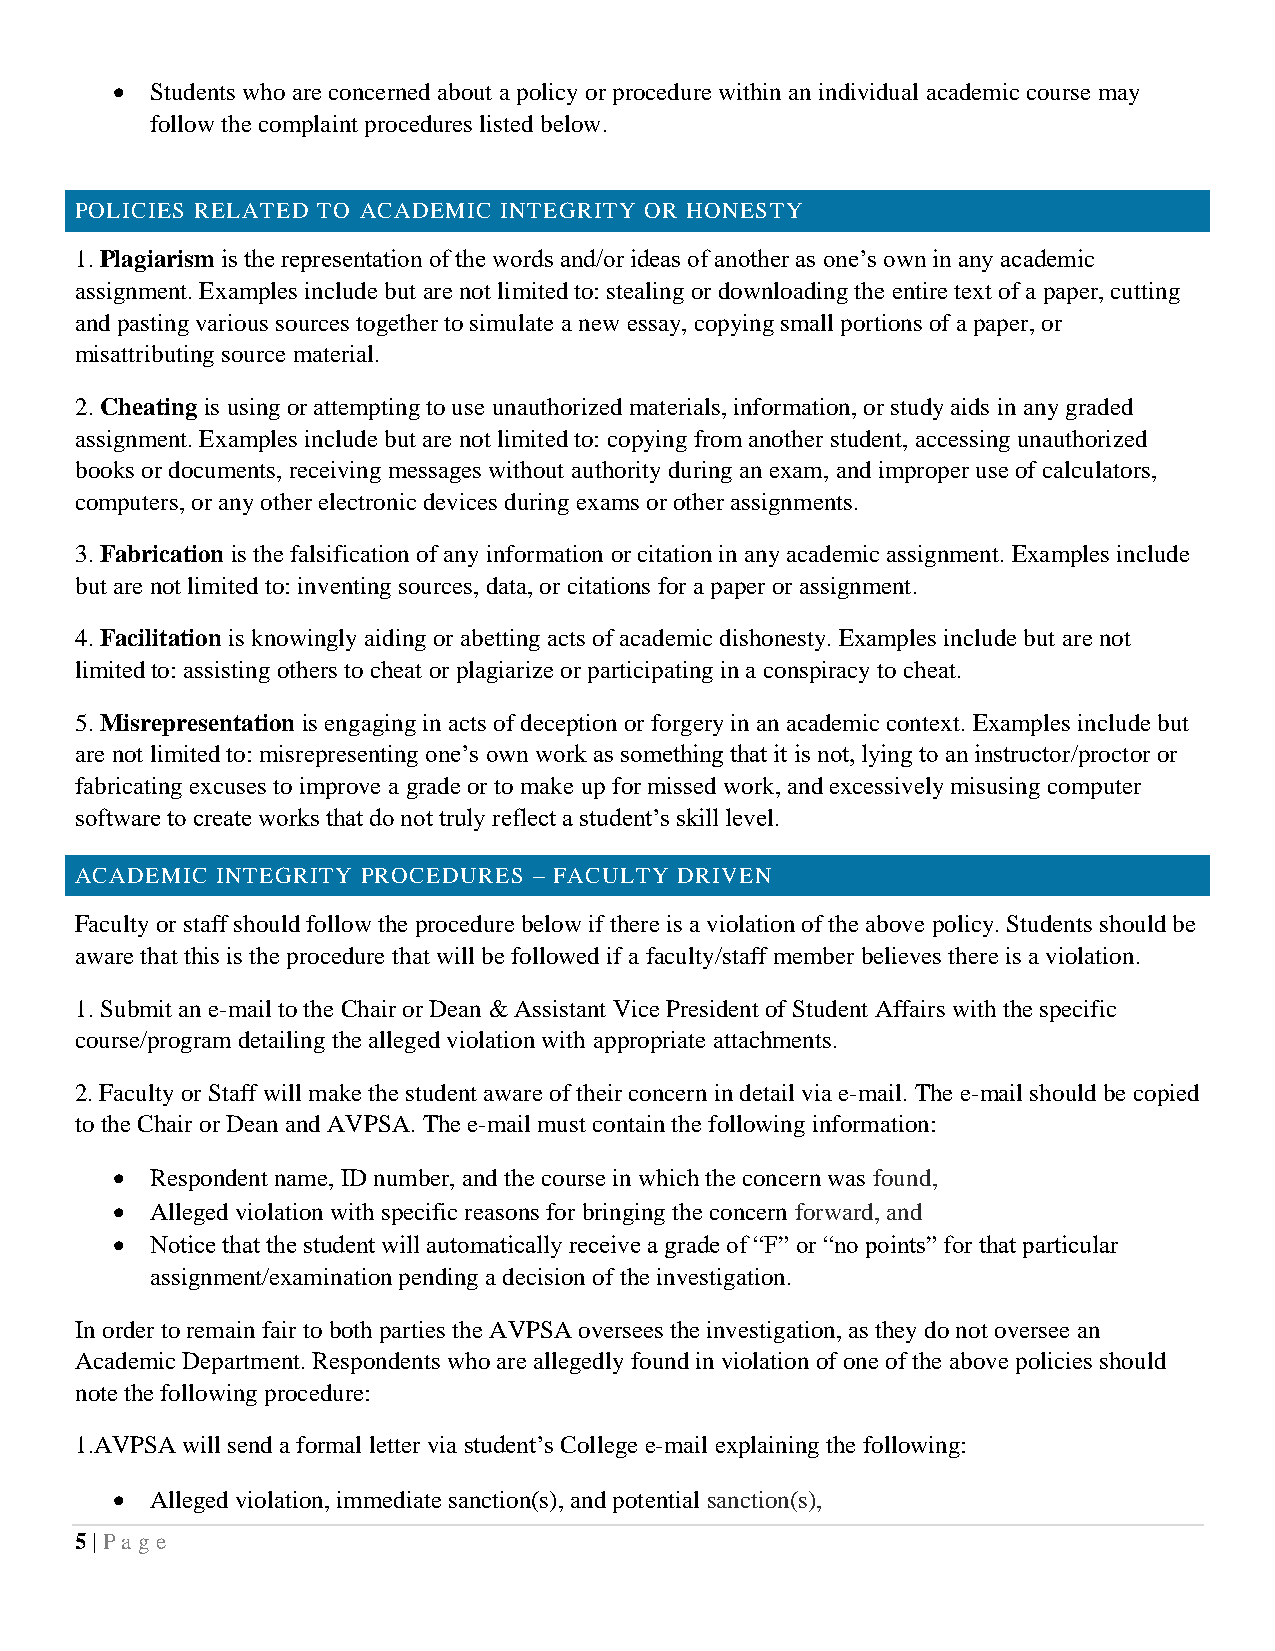
•  Students who are concerned about a policy or procedure within an individual academic course may
 follow the complaint procedures listed below.
 POLICIES RELATED TO ACADEMIC INTEGRITY OR HONESTY
 1. Plagiarism is the representation of the words and/or ideas of another as one’s own in any academic
 assignment. Examples include but are not limited to: stealing or downloading the entire text of a paper, cutting
 and pasting various sources together to simulate a new essay, copying small portions of a paper, or
 misattributing source material.
 2. Cheating is using or attempting to use unauthorized materials, information, or study aids in any graded
 assignment. Examples include but are not limited to: copying from another student, accessing unauthorized
 books or documents, receiving messages without authority during an exam, and improper use of calculators,
 computers, or any other electronic devices during exams or other assignments.
 3. Fabrication is the falsification of any information or citation in any academic assignment. Examples include
 but are not limited to: inventing sources, data, or citations for a paper or assignment.
 4. Facilitation is knowingly aiding or abetting acts of academic dishonesty. Examples include but are not
 limited to: assisting others to cheat or plagiarize or participating in a conspiracy to cheat.
 5. Misrepresentation is engaging in acts of deception or forgery in an academic context. Examples include but
 are not limited to: misrepresenting one’s own work as something that it is not, lying to an instructor/proctor or
 fabricating excuses to improve a grade or to make up for missed work, and excessively misusing computer
 software to create works that do not truly reflect a student’s skill level.
 ACADEMIC INTEGRITY PROCEDURES – FACULTY DRIVEN
 Faculty or staff should follow the procedure below if there is a violation of the above policy. Students should be
 aware that this is the procedure that will be followed if a faculty/staff member believes there is a violation.
 1. Submit an e-mail to the Chair or Dean & Assistant Vice President of Student Affairs with the specific
 course/program detailing the alleged violation with appropriate attachments.
 2. Faculty or Staff will make the student aware of their concern in detail via e-mail. The e-mail should be copied
 to the Chair or Dean and AVPSA. The e-mail must contain the following information:
 •  Respondent name, ID number, and the course in which the concern was found,
 •  Alleged violation with specific reasons for bringing the concern forward, and
 •  Notice that the student will automatically receive a grade of “F” or “no points” for that particular
 assignment/examination pending a decision of the investigation.
 In order to remain fair to both parties the AVPSA oversees the investigation, as they do not oversee an
 Academic Department. Respondents who are allegedly found in violation of one of the above policies should
 note the following procedure:
 1.AVPSA will send a formal letter via student’s College e-mail explaining the following:
 •  Alleged violation, immediate sanction(s), and potential sanction(s),
 5 | Pa ge